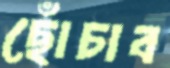
ছোঁচাব